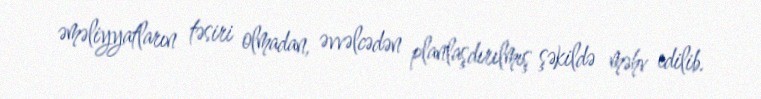
əməliyyatların təsiri olmadan, əvvəlcədən planlaşdırılmış şəkildə məhv edilib.